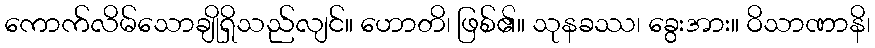
ကောက်လိမ်သောချိုရှိသည်လျင်။ ဟောတိ၊ ဖြစ်၏။ သုနခဿ၊ ခွေးအား။ ဝိသာဏာနိ၊